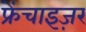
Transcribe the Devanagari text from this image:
फ्रेंचाइज़र